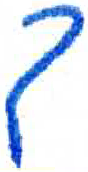
אות: ך